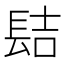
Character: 𨱻